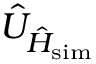
\hat { U } _ { \hat { H } _ { \mathrm { s i m } } }